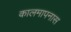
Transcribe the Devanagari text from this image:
कालमापनास